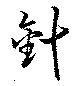
針